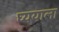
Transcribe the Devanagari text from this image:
घ्ययाला